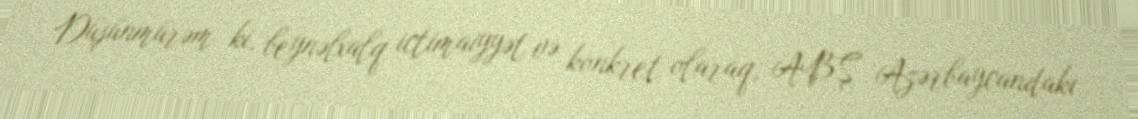
Düşünmürəm ki, beynəlxalq ictimaiyyət və konkret olaraq, ABŞ Azərbaycandakı